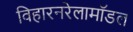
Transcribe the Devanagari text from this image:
विहारनरेलामॉडल